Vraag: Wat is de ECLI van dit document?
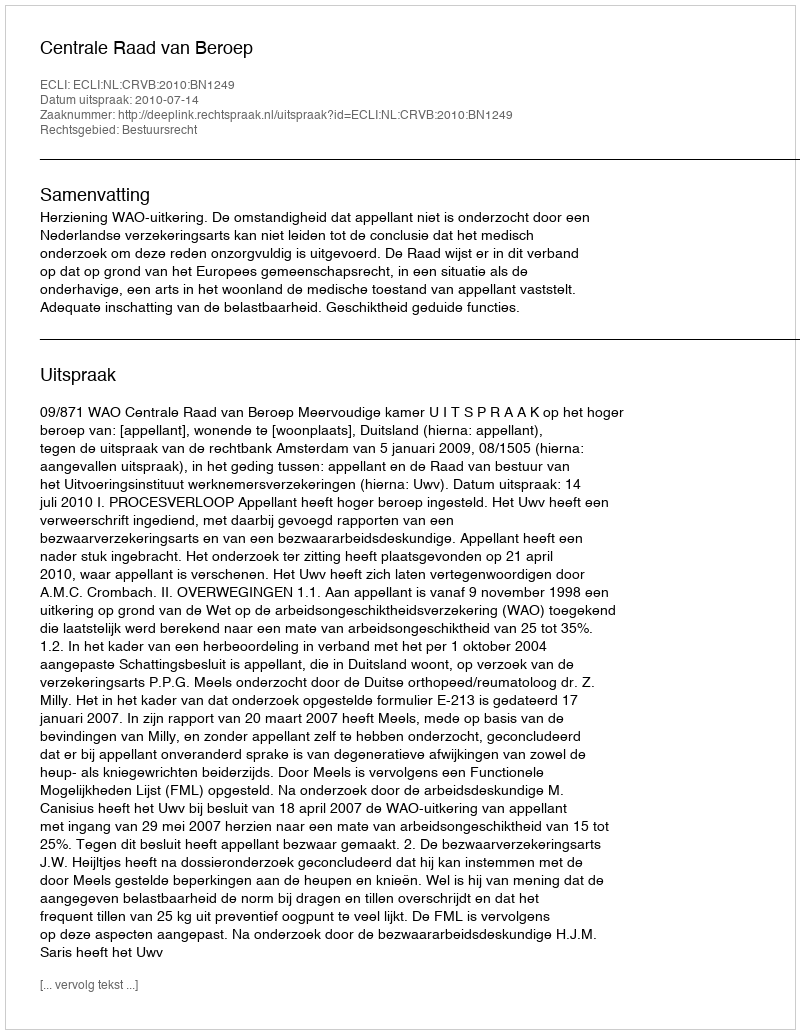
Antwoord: ECLI:NL:CRVB:2010:BN1249